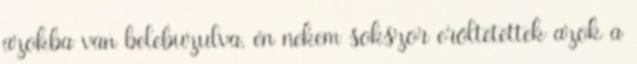
azokba van belebuzulva, én nekem sokszor erőltetettek azok a